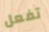
تفعل